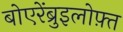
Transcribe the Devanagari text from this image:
बोएरेंब्रुइलोफ़्त